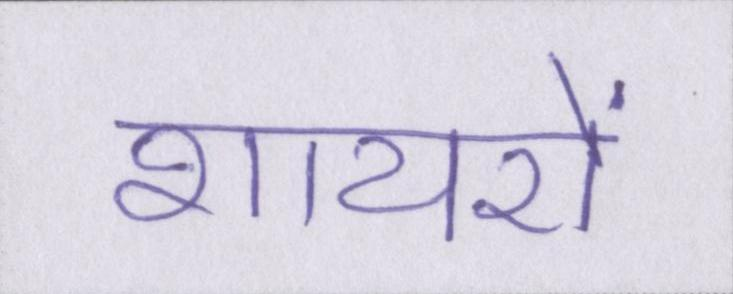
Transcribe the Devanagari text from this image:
शायरों